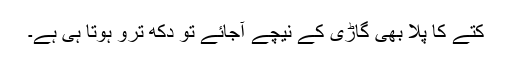
کتے کا پلا بھی گاڑی کے نیچے آجائے تو دکھ ترو ہوتا ہی ہے۔